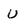
Character: u